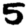
Digit: 5